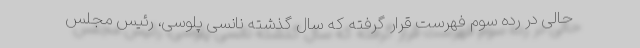
حالی در رده سوم فهرست قرار گرفته که سال گذشته نانسی پلوسی، رئیس مجلس